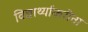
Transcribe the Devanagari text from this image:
विद्यार्थ्यांकरीता